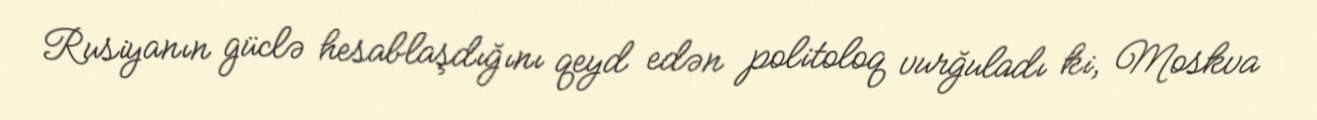
Rusiyanın güclə hesablaşdığını qeyd edən politoloq vurğuladı ki, Moskva